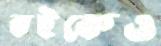
বইকেও